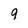
Character: 9